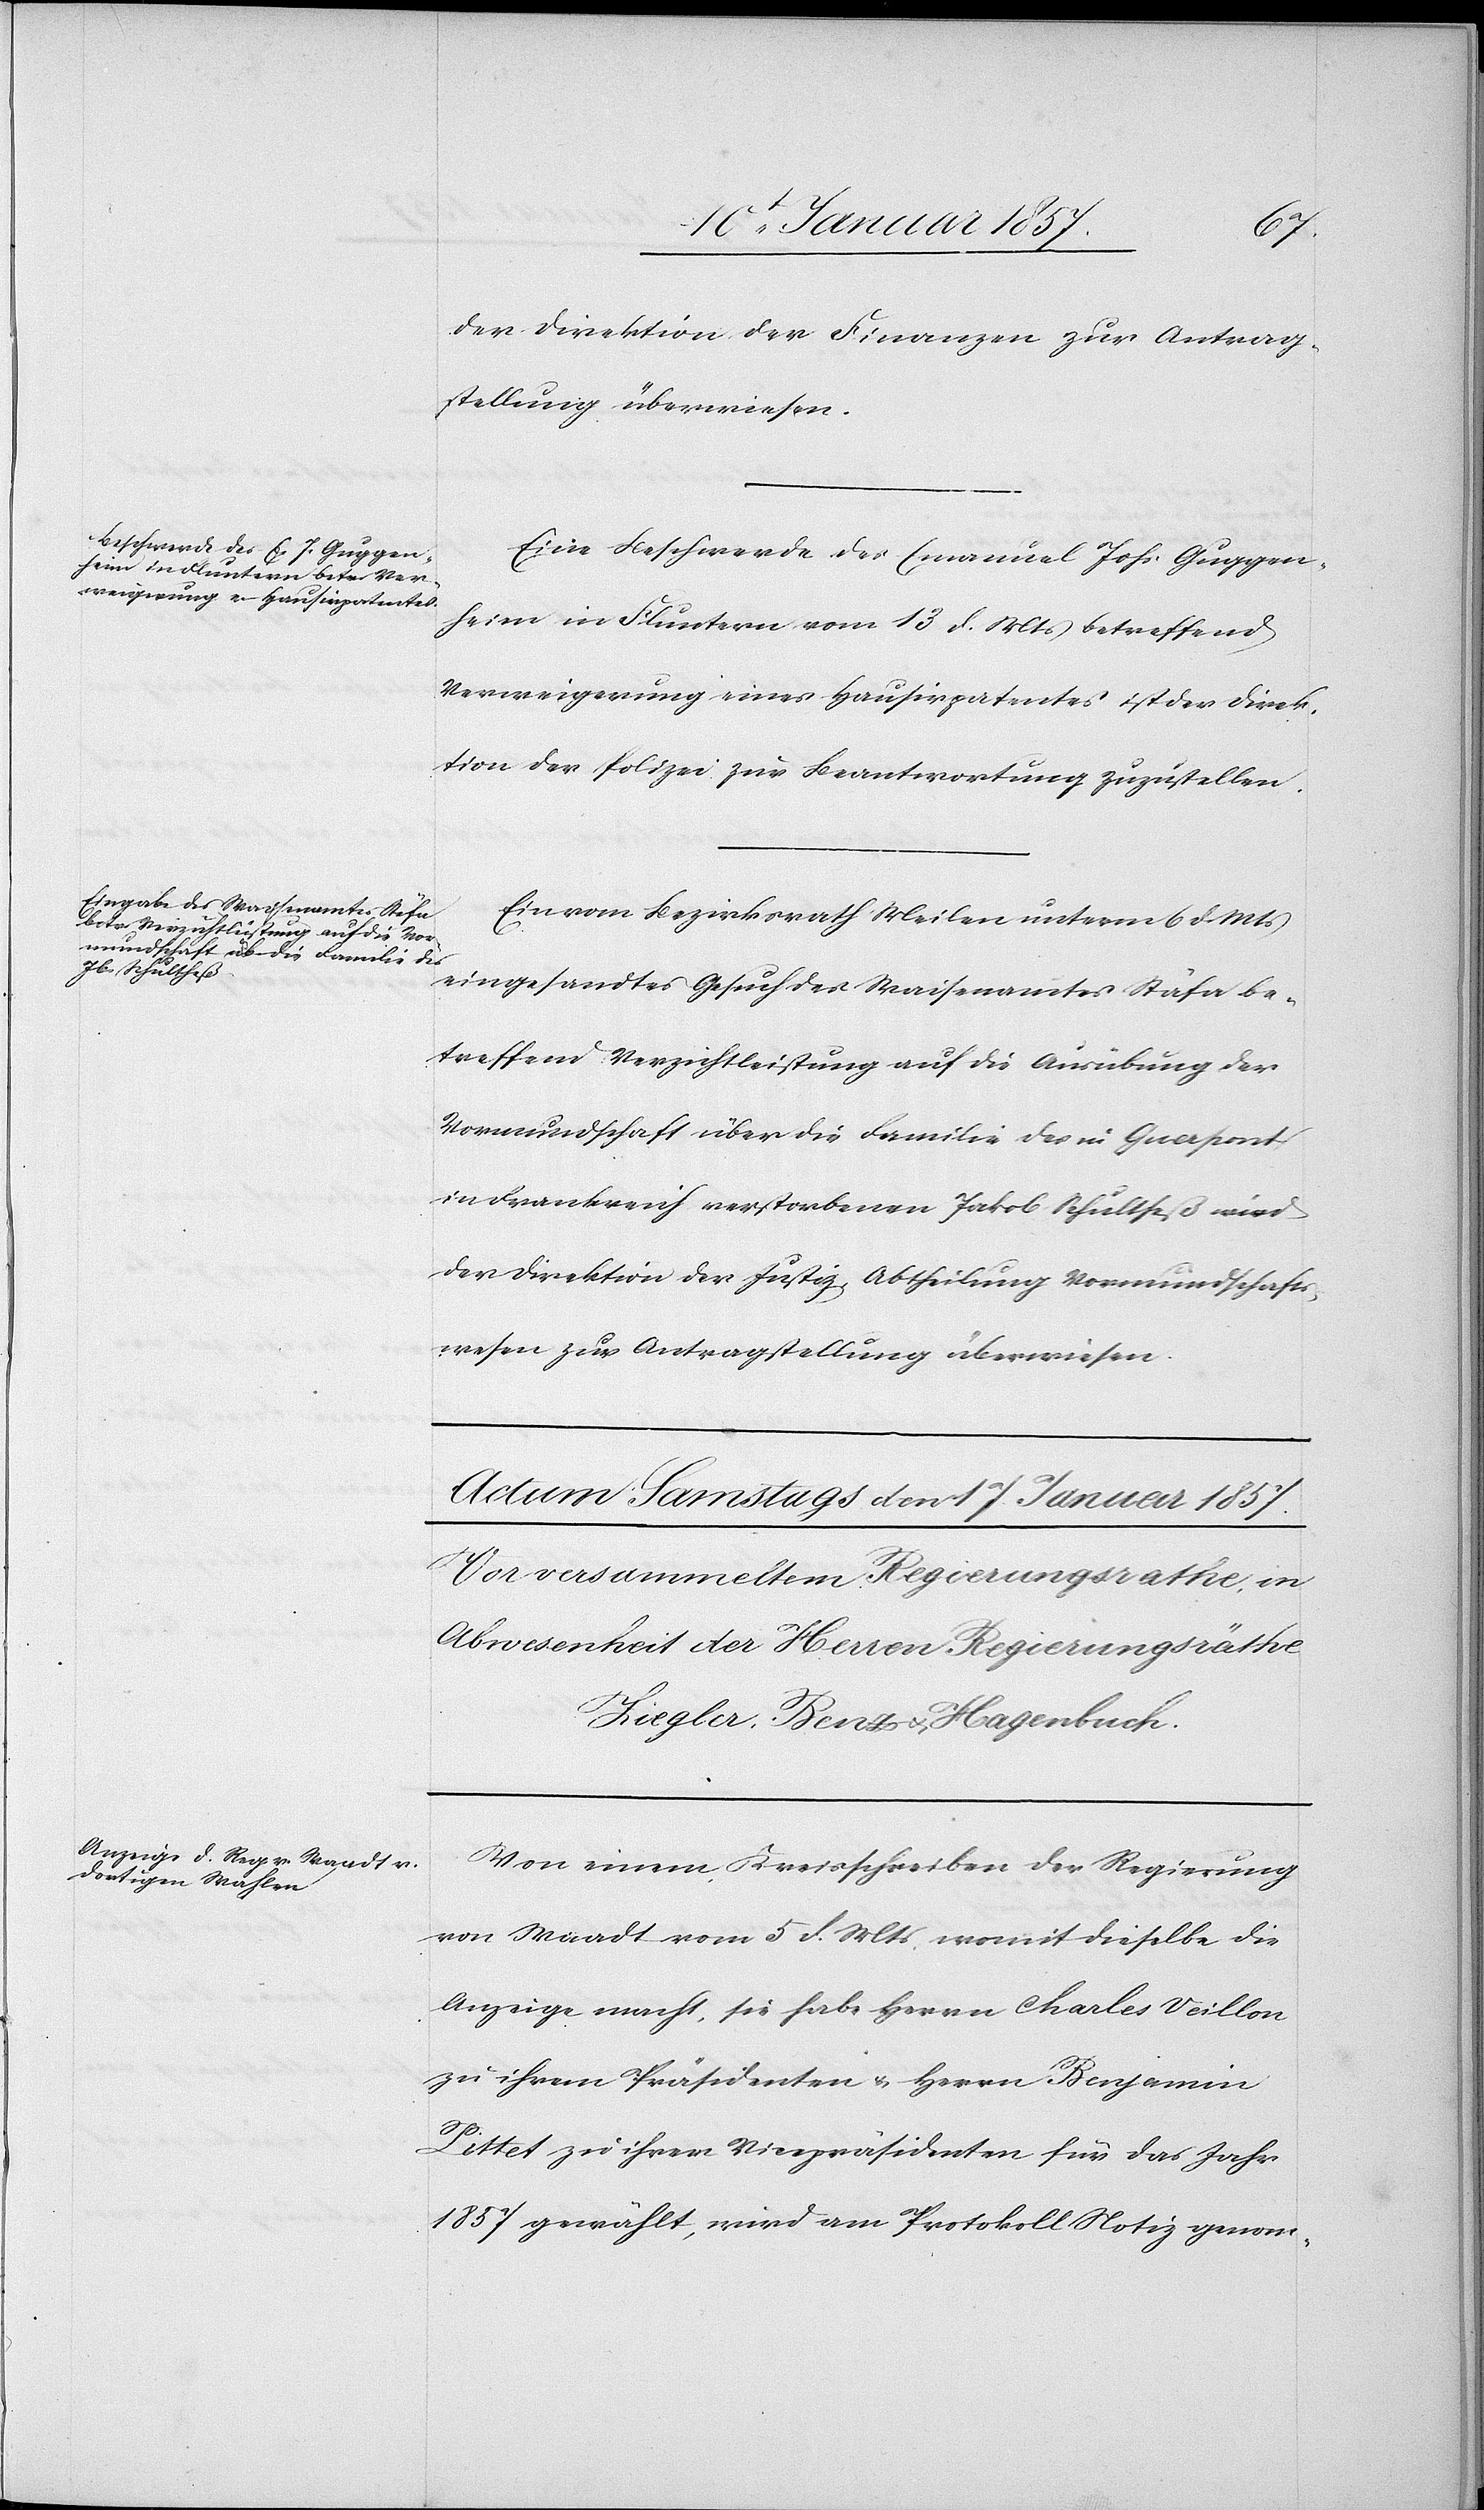
den
15t Januar 1857]
der Direktion der Finanzen zur Antrag¬
sstellung überwiesen.
Eine Beschwerde des Emanuel Johs Guggen¬
heim in Fluntern vom 13 d. Mts betreffend
Verweigerung eines Hausirpatentes ist der Direk¬
tion der Polizei zur Beantwortung zuzustellen.
Ein vom Bezirksrath Meilen unterm 6 d. Mts
eingesandtes Gesuch der Waisenamtes Stäfa be¬
treffend Verzichtleistung auf die Ausübung der
Vormundschaft über die Familie des in Guerpont
in Frankreich verstorbenen Jakob Schultheß wird
der Direktion der Justiz Abtheilung Vormundschafts¬
wesen zur Antragstellung überwiesen.
Von einem Kreisschreiben der Regierung
von Waadt vom 5 d. Mts. womit dieselbe die
Anzeige macht, sie habe Herrn Charles Veillon
zu ihrem Präsidenten u. Herrn Benjamin
Pittet zu ihrem Vicepräsidenten für das Jahr
1857 gewählt, wird am Protokoll Notiz genom-